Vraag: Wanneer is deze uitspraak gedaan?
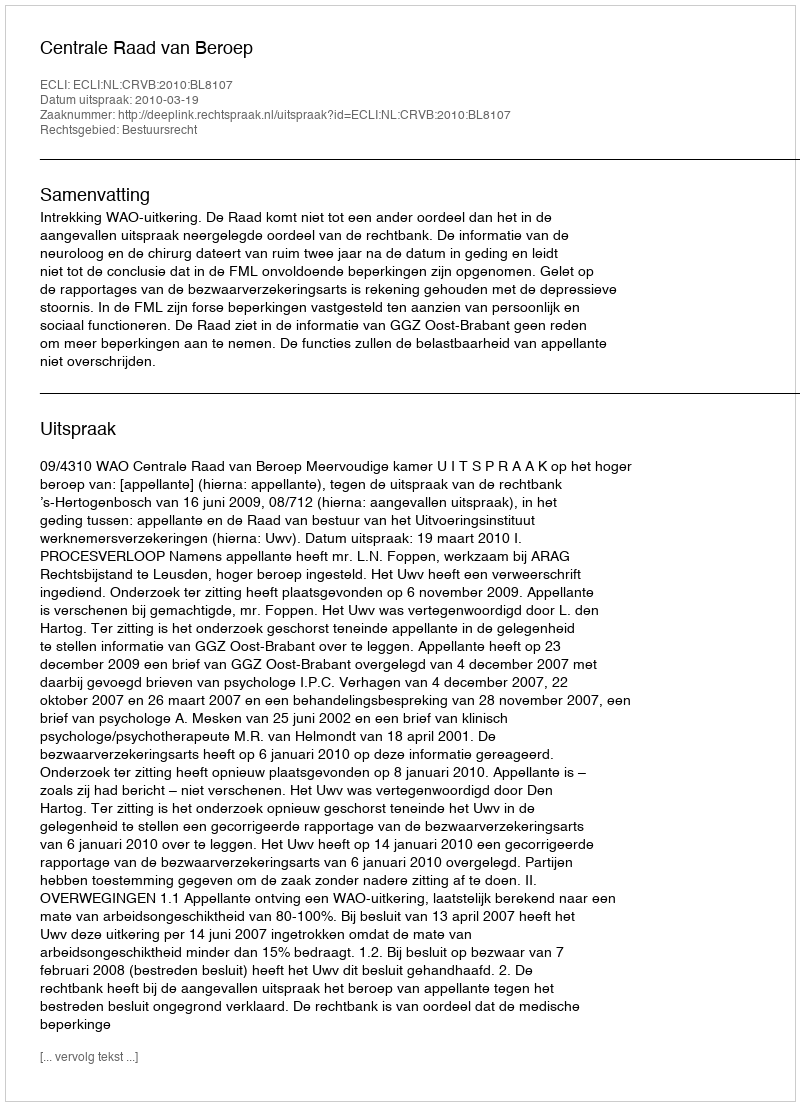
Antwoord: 2010-03-19